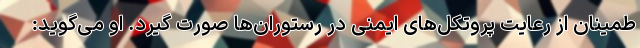
طمینان از رعایت پروتکل‌های ایمنی در رستوران‌ها صورت گیرد. او می‌گوید: